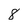
Character: 8